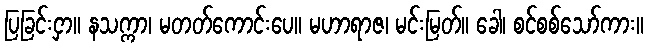
ပြခြင်းငှာ။ နသက္ကာ၊ မတတ်ကောင်းပေ။ မဟာရာဇ၊ မင်းမြတ်။ ခေါ၊ စင်စစ်သော်ကား။